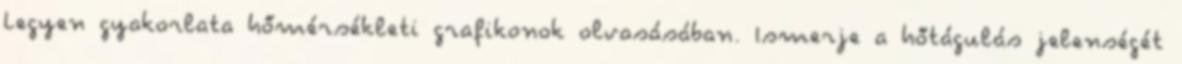
Legyen gyakorlata hőmérsékleti grafikonok olvasásában. Ismerje a hőtágulás jelenségét